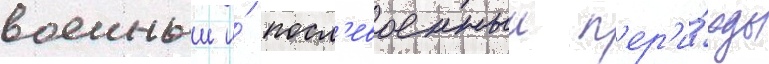
военныи и́ посл'евоенныи п'ер'и́оды